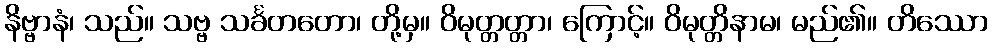
နိဗ္ဗာနံ၊ သည်။ သဗ္ဗ သင်္ခတတော၊ တို့မှ။ ဝိမုတ္တတ္တာ၊ ကြောင့်။ ဝိမုတ္တိနာမ၊ မည်၏။ တိဿော